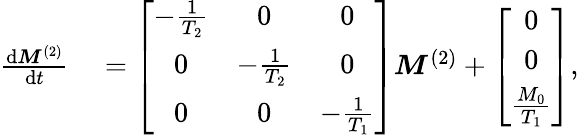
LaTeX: \begin{array}{rl}{\frac{\mathrm{d}\boldsymbol{M}^{(2)}}{\mathrm{d}t}}&{{}=\left[\begin{array}{ccc}{-\frac{1}{T_{2}}}&{0}&{0}\\ {0}&{-\frac{1}{T_{2}}}&{0}\\ {0}&{0}&{-\frac{1}{T_{1}}}\end{array}\right]\boldsymbol{M}^{(2)}+\left[\begin{array}{c}{0}\\ {0}\\ {\frac{M_{0}}{T_{1}}}\end{array}\right],}\end{array}